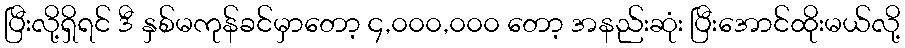
ပြီးလို့ရှိရင် ဒီ နှစ်မကုန်ခင်မှာတော့ ၄,၀၀၀,၀၀၀ တော့ အနည်းဆုံး ပြီးအောင်ထိုးမယ်လို့